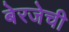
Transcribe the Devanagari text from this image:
बेरजेची